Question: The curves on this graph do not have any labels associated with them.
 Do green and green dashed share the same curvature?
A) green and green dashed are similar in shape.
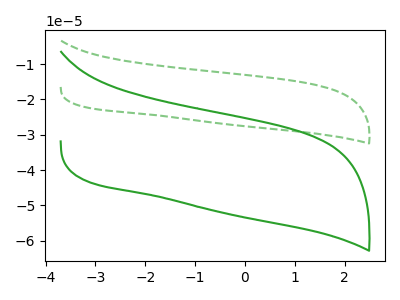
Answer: <think>The green dashed curve "green dashed" has no peaks. The green curve "green" has no peaks.
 Neither "green" or "green dashed" have any peaks.</think>
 <answer>A) "green" and "green dashed" are similar in shape.</answer>
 <eval>A</eval>